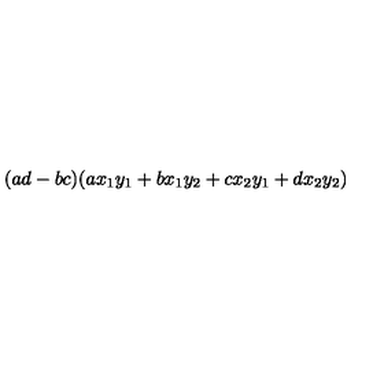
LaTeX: ( a d - b c ) ( a x _ { 1 } y _ { 1 } + b x _ { 1 } y _ { 2 } + c x _ { 2 } y _ { 1 } + d x _ { 2 } y _ { 2 } )